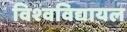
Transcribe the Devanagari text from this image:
विश्‍वविद्यायल